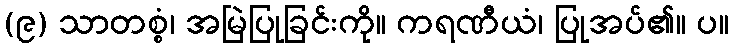
(၉) သာတစ္စံ၊ အမြဲပြုခြင်းကို။ ကရဏီယံ၊ ပြုအပ်၏။ ပ။